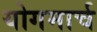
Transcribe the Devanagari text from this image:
योगमार्च